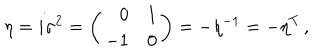
LaTeX: \eta = i \sigma ^ { 2 } = \left( \begin{array} { r c } { { 0 } } & { { 1 } } \\ { { - 1 } } & { { 0 } } \\ \end{array} \right) = - \eta ^ { - 1 } = - \eta ^ { T } \, ,